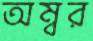
অম্বর